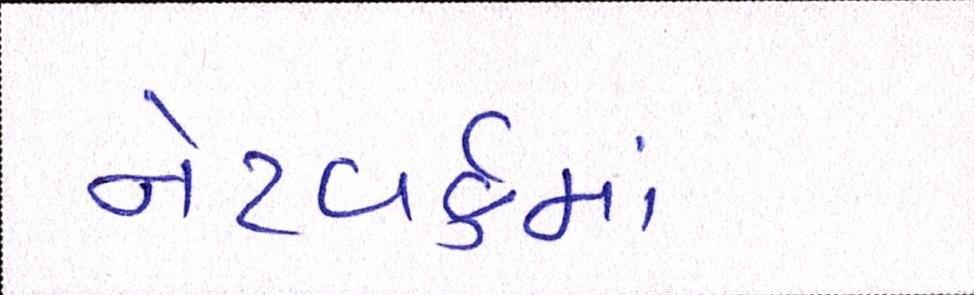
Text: નેટવર્કમાં